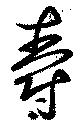
爵